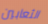
الثعابين